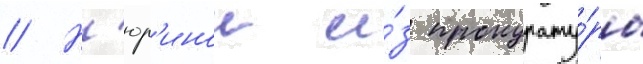
// Н'юр'инои и́з прокурату́ры